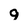
Character: 9